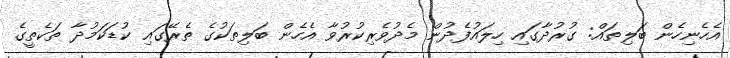
އެހެނިހެން ބަލިތައް: ގުރުދާގައި ހިލައުފެދުން މެދުވެރިކުރުވާ އެހެން ބަލިތަކުގެ ތެރޭގައި ކުޑަކަމުދާ ތަކެތީގެ